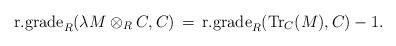
LaTeX: \begin{align*}\textrm{r.grade}_R(\lambda M \otimes_R C, C)\, = \, \textrm{r.grade}_R(\textrm{Tr}_C (M), C) - 1.\end{align*}